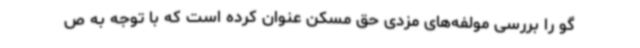
گو را بررسی مولفه‌های مزدی حق مسکن عنوان کرده است که با توجه به ص